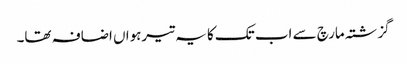
گزشتہ مارچ سے اب تک کا یہ تیرہواں اضافہ تھا۔